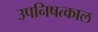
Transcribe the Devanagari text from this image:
उपनिषत्काल